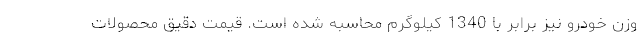
وزن خودرو نیز برابر با 1340 کیلوگرم محاسبه شده است. قیمت دقیق محصولات